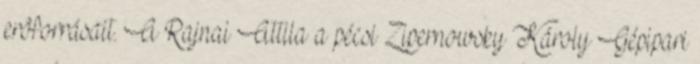
erôforrásait. A Rajnai Attila a pécsi Zipernowsky Károly Gépipari